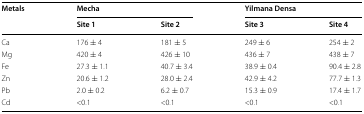
| <ROWSPAN=2> Metals | <COLSPAN=2> Mecha | <COLSPAN=2> Yilmana Densa |
 | Site 1 | Site 2 | Site 3 | Site 4 |
 | --- | --- | --- | --- | --- |
 | Ca | 176 ± 4 | 181 ± 5 | 249 ± 6 | 254 ± 2 |
 | Mg | 420 ± 4 | 426 ± 10 | 436 ± 7 | 438 ± 7 |
 | Fe | 27.3 ± 1.1 | 40.7 ± 3.4 | 38.9 ± 0.4 | 90.4 ± 2.8 |
 | Zn | 20.6 ± 1.2 | 28.0 ± 2.4 | 42.9 ± 4.2 | 77.7 ± 1.3 |
 | Pb | 2.0 ± 0.2 | 6.2 ± 0.7 | 15.3 ± 0.9 | 17.4 ± 1.7 |
 | Cd | <0.1 | <0.1 | <0.1 | <0.1 |